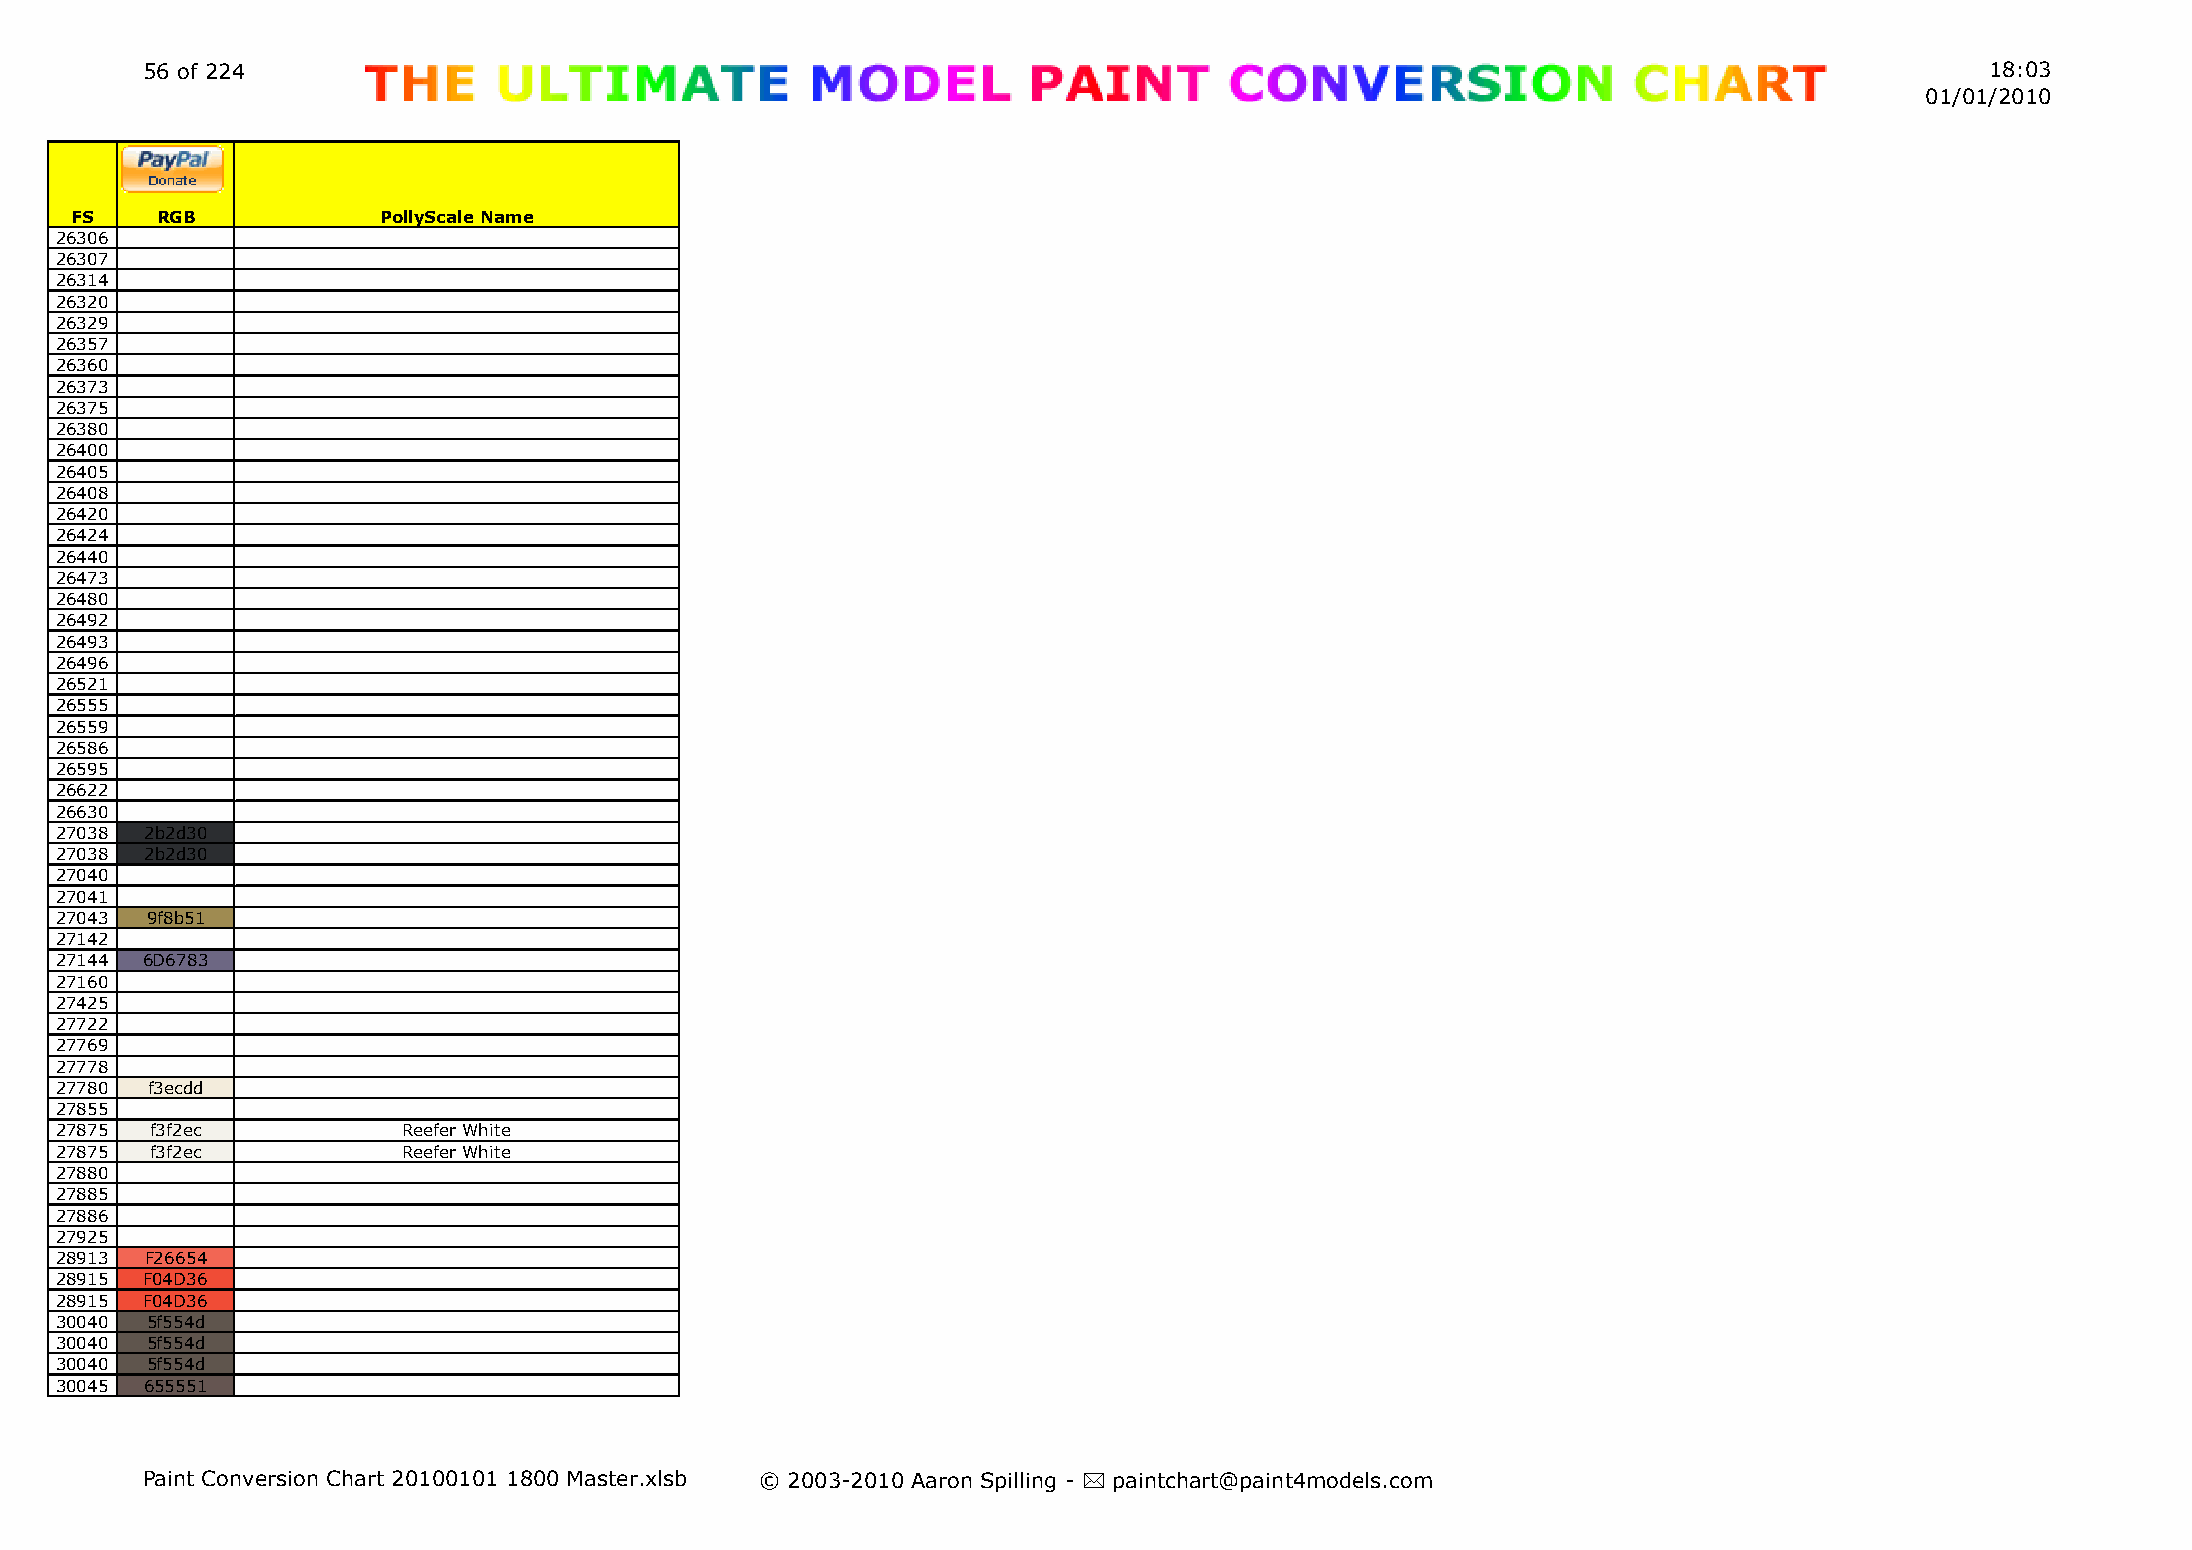
56 of 224                                                                                                                  18:03
 01/01/2010
 FS   RGB            PollyScale Name
 26306
 26307
 26314
 26320
 26329
 26357
 26360
 26373
 26375
 26380
 26400
 26405
 26408
 26420
 26424
 26440
 26473
 26480
 26492
 26493
 26496
 26521
 26555
 26559
 26586
 26595
 26622
 26630
 27038 2b2d30
 27038 2b2d30
 27040
 27041
 27043 9f8b51
 27142
 27144 6D6783
 27160
 27425
 27722
 27769
 27778
 27780 f3ecdd
 27855
 27875 f3f2ec           Reefer White
 27875 f3f2ec           Reefer White
 27880
 27885
 27886
 27925
 28913 F26654
 28915 F04D36
 28915 F04D36
 30040 5f554d
 30040 5f554d
 30040 5f554d
 30045 655551
 Paint Conversion Chart 20100101 1800 Master.xlsb © 2003-2010 Aaron Spilling - * paintchart@paint4models.com